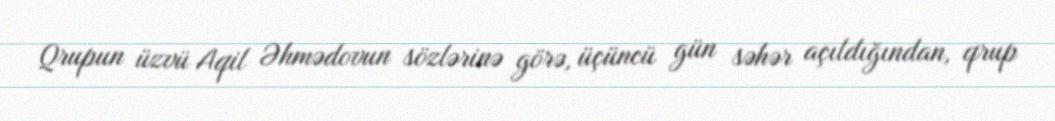
Qrupun üzvü Aqil Əhmədovun sözlərinə görə, üçüncü gün səhər açıldığından, qrup